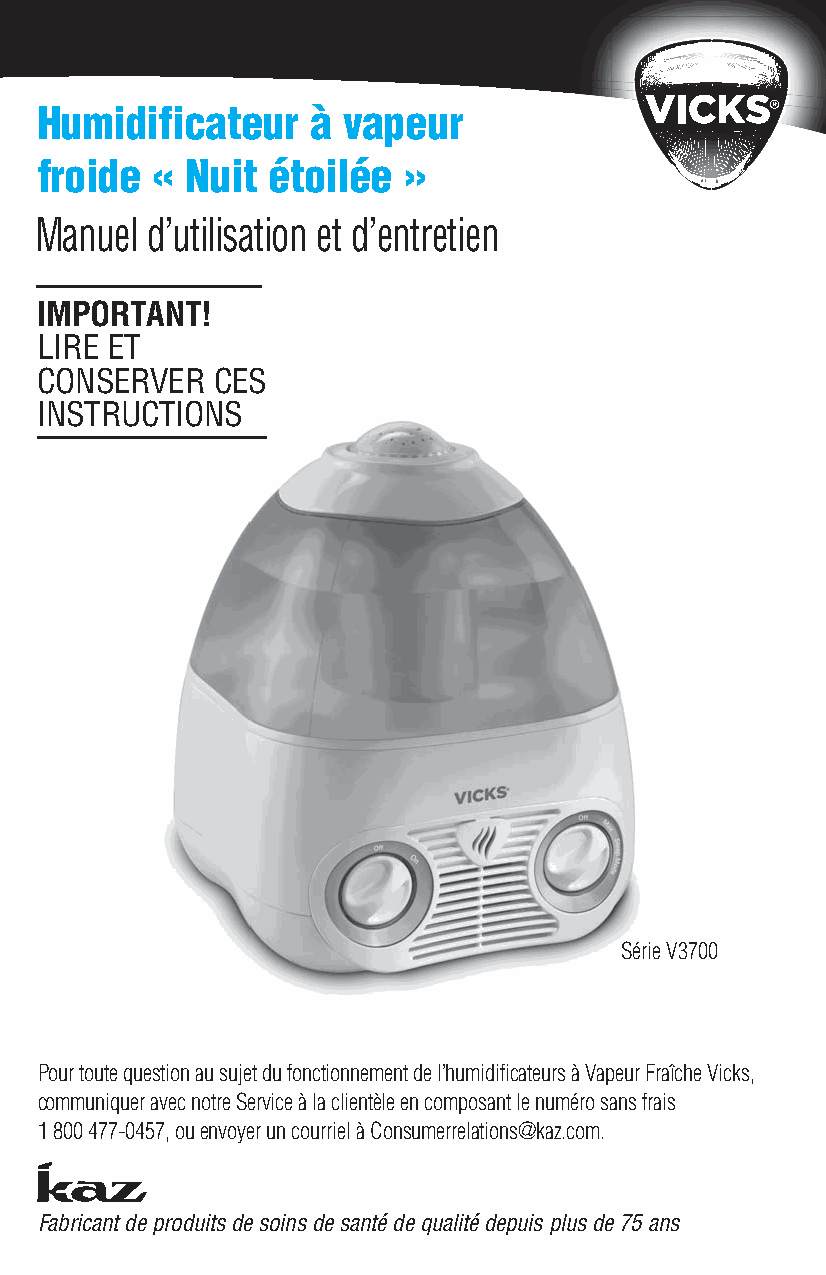
Humidificateur     à vapeur
 froide  « Nuit  étoilée  »
 Manuel  d’utilisation et d’entretien
 IMPORTANT!
 LIRE ET
 CONSERVER   CES
 INSTRUCTIONS
 Série V3700
 Pour toute question au sujet du fonctionnement de l’humidificateurs à Vapeur Fraîche Vicks,
 communiquer avec notre Service à la clientèle en composant le numéro sans frais
 1 800 477-0457, ou envoyer un courriel à Consumerrelations@kaz.com.
 k
 Fabricant de produits de soins de santé de qualité depuis plus de 75 ans